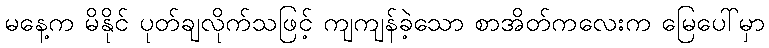
မနေ့က မိနိုင် ပုတ်ချလိုက်သဖြင့် ကျကျန်ခဲ့သော စာအိတ်ကလေးက မြေပေါ်မှာ